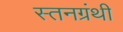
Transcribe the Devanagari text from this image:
स्तनग्रंथी